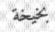
بخيخة